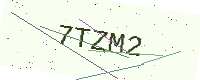
Text: 7TZM2